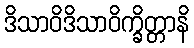
ဒိသာဝိဒိသာဝိက္ခိတ္တာနိ